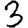
Digit: 3